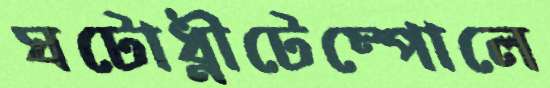
ঘটোধ্নীটেম্পোলে